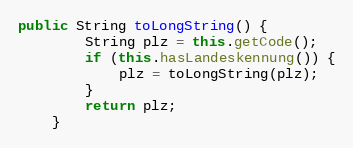
Language: Java
public String toLongString() {
        String plz = this.getCode();
        if (this.hasLandeskennung()) {
            plz = toLongString(plz);
        }
        return plz;
    }